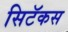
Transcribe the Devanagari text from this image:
सिटॅकस